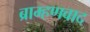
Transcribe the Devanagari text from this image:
ब्राम्हणवाद